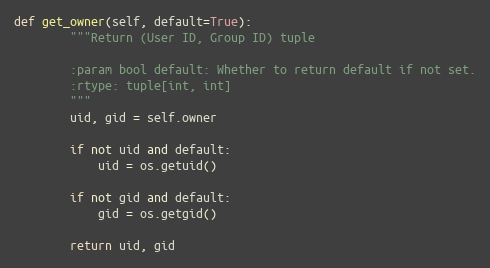
Language: Python
def get_owner(self, default=True):
        """Return (User ID, Group ID) tuple

        :param bool default: Whether to return default if not set.
        :rtype: tuple[int, int]
        """
        uid, gid = self.owner

        if not uid and default:
            uid = os.getuid()

        if not gid and default:
            gid = os.getgid()

        return uid, gid